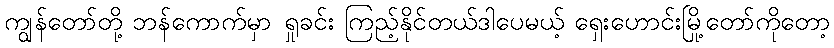
ကျွန်တော်တို့ ဘန်ကောက်မှာ ရှုခင်း ကြည့်နိုင်တယ်ဒါပေမယ့် ရှေးဟောင်းမြို့တော်ကိုတော့